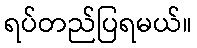
ရပ်တည်ပြရမယ်။